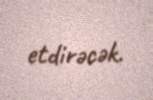
etdirəcək.